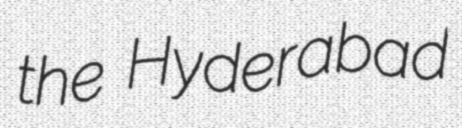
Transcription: the Hyderabad